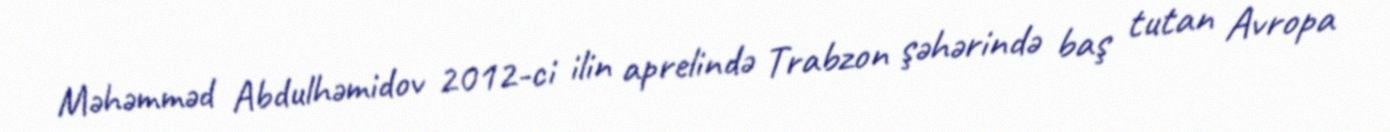
Məhəmməd Abdulhəmidov 2012-ci ilin aprelində Trabzon şəhərində baş tutan Avropa